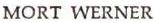
MORT WERNER